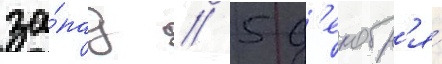
за́пад // 5 д'екабр'я́